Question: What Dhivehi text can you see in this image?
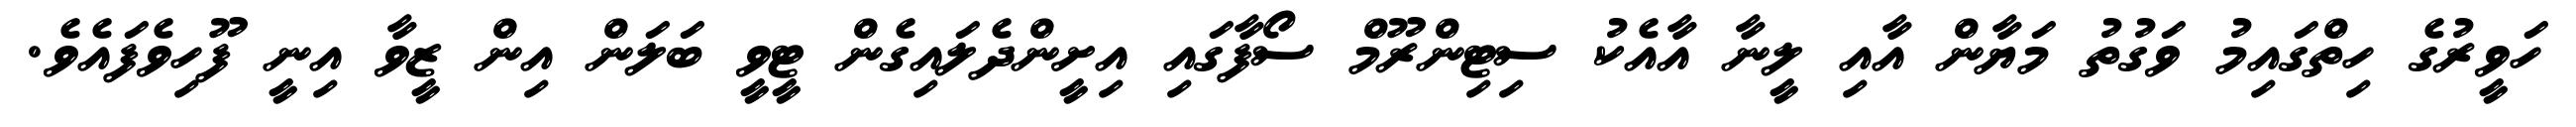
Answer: ހަވީރުގެ ހިތްގައިމު ވަގުތު މަޔާން އާއި ލީނާ އާއެކު ސިޓިންރޫމް ސޯފާގައި އިށީންދެލައިގެން ޓީވީ ބަލަން އިން ޒީވާ އިނީ ފޫހިވެފައެވެ.